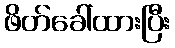
ဖိတ်ခေါ်ထားပြီး